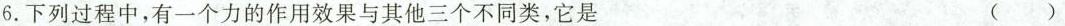
6.下列过程中，有一个力的作用效果与其他三个不同类，它是 ()